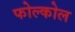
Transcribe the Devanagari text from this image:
फोल्कोल